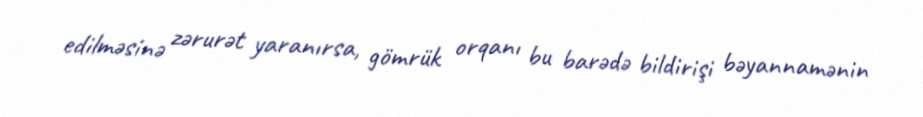
edilməsinə zərurət yaranırsa, gömrük orqanı bu barədə bildirişi bəyannamənin